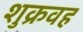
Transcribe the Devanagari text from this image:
शुक्रवह